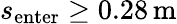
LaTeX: s_{\mathrm{enter}}\ge 0.28\, \mathrm{m}